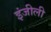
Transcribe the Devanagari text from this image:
इंजीली